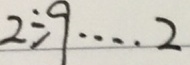
2 \div 9 \cdots 2